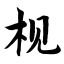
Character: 枧